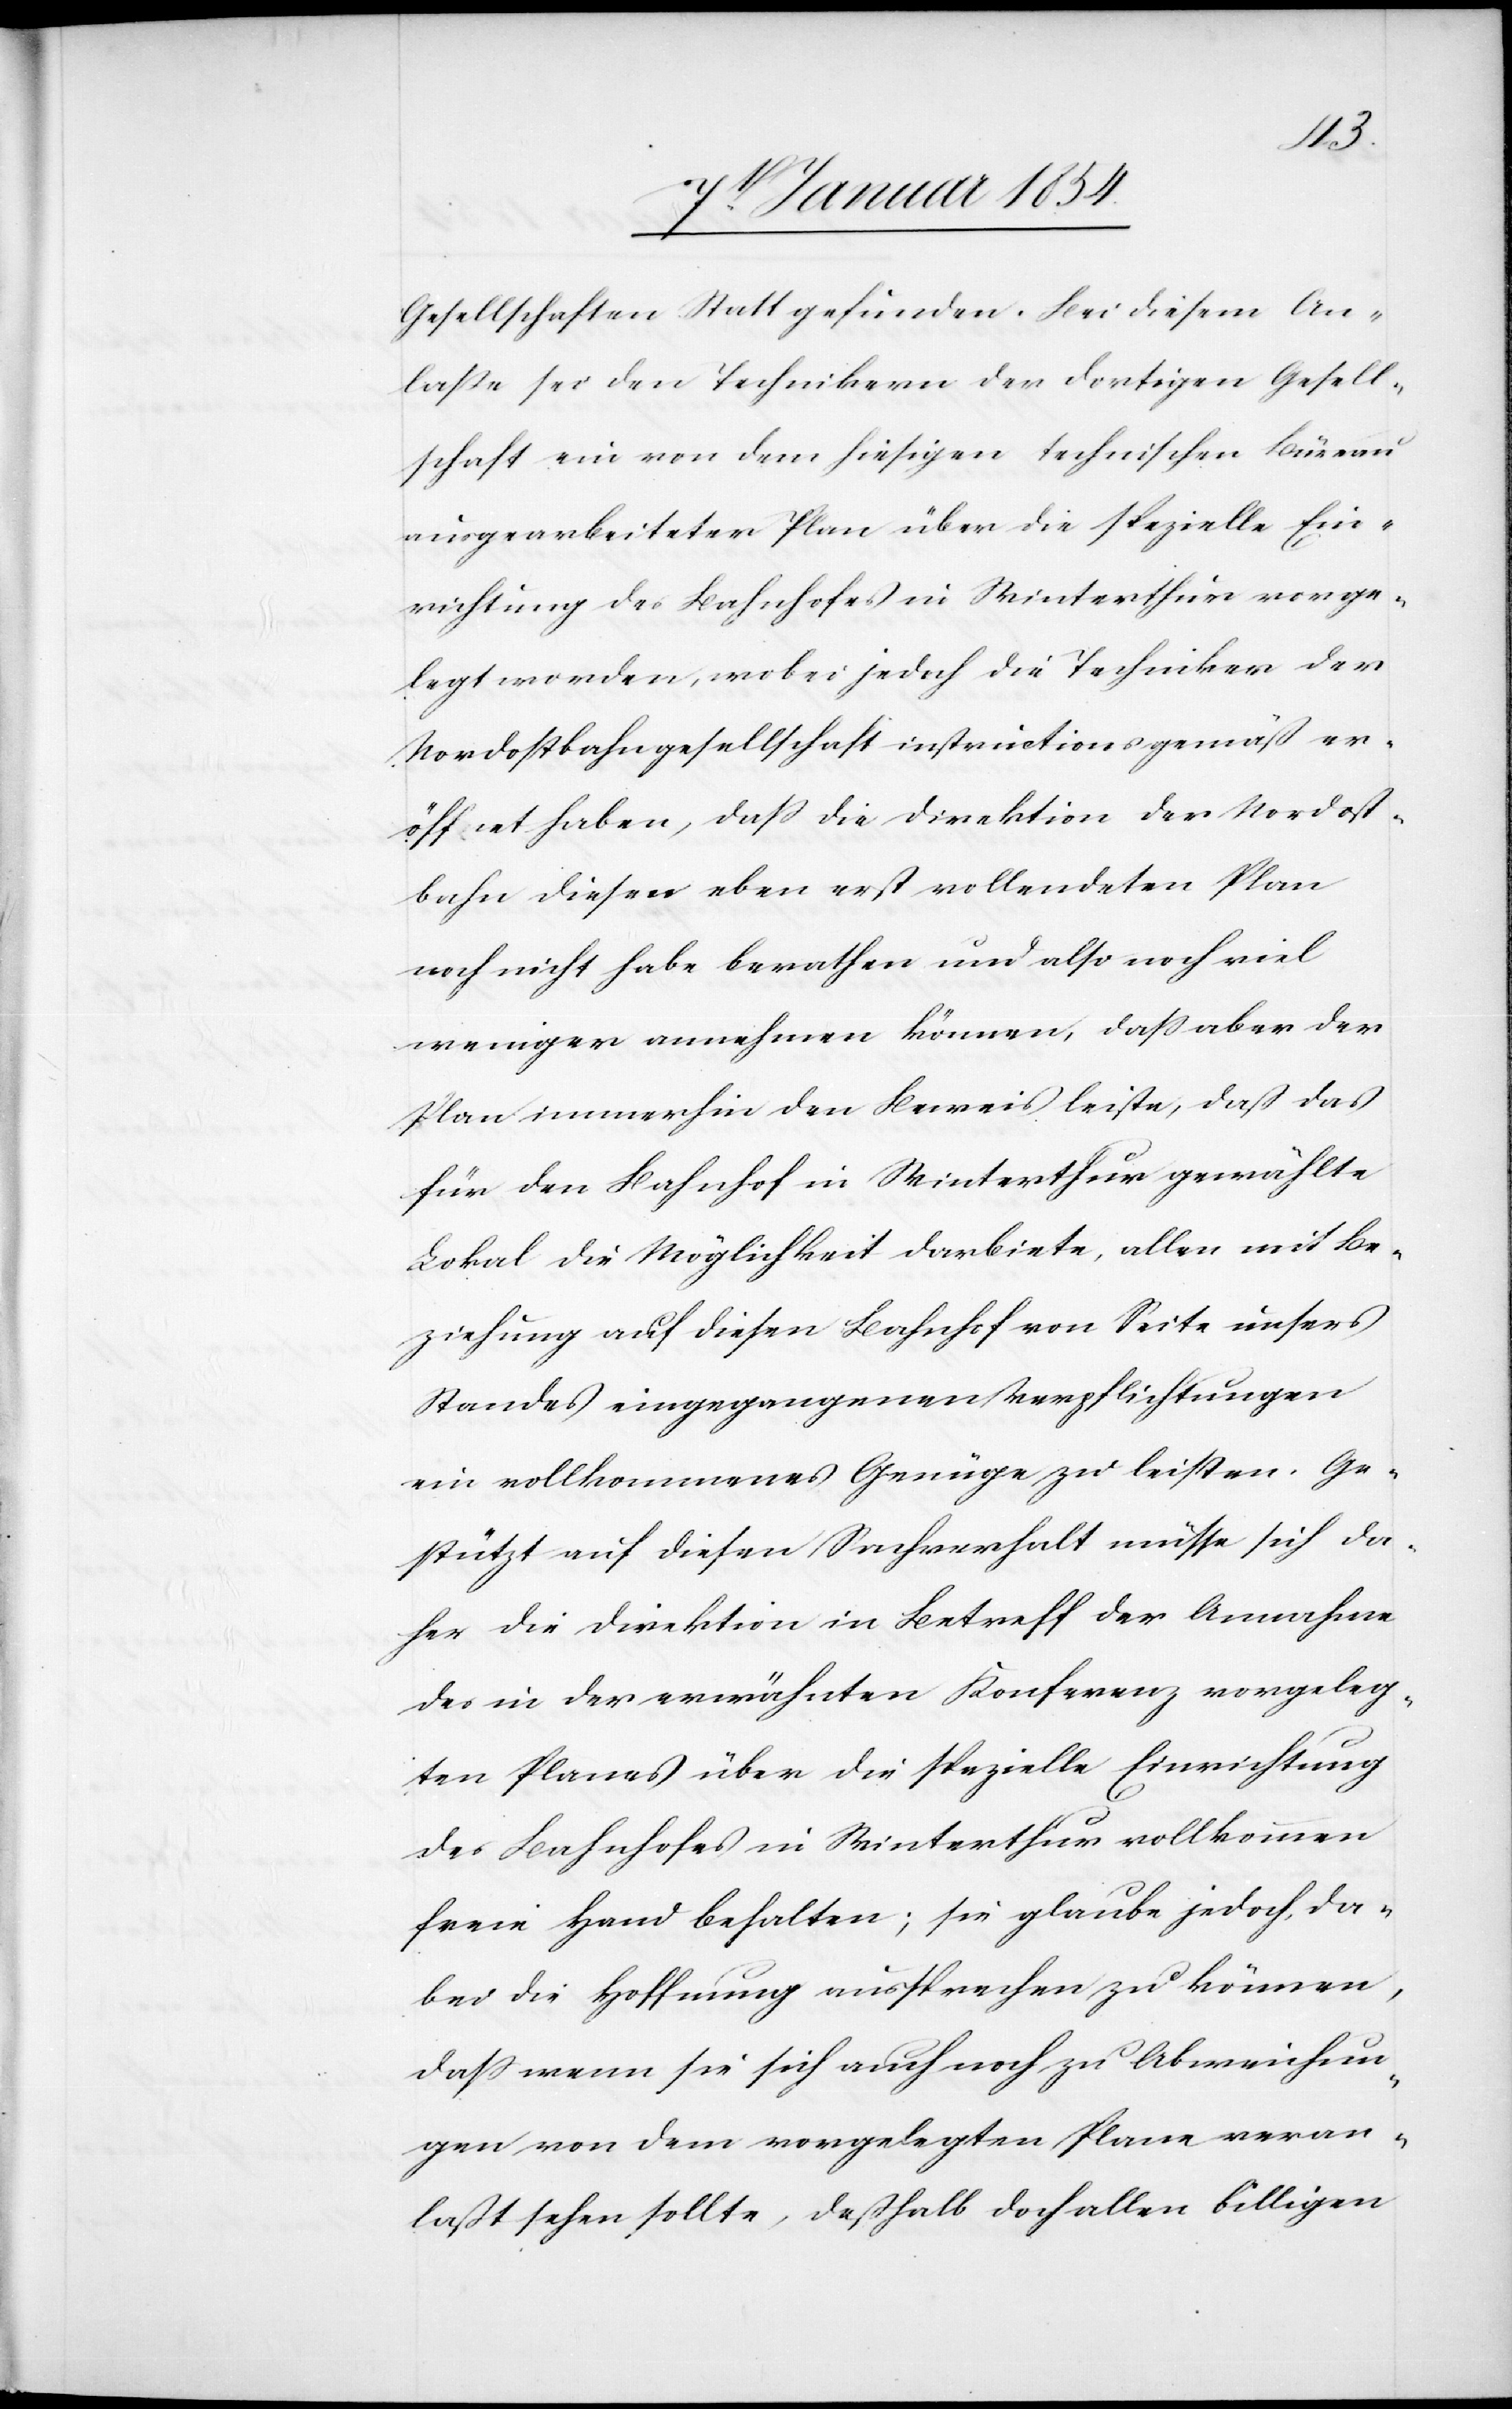
Gesellschaften Statt gefunden. Bei diesem An¬
laße sei den Technikern der dortigen Gesell¬
schaft ein von dem hiesigen technischen Büreau
ausgearbeiteter Plan über die spezielle Ein¬
richtung des Bahnhofes in Winterthur vorge¬
legt worden, wobei jedoch die Techniker der
Nordostbahngesellschaft instructionsgemäß er¬
öffnet haben, daß die Direktion der Nordost¬
bahn diesen eben erst vollendeten Plan
noch nicht habe berathen und also noch viel
weniger annehmen können, daß aber der
Plan immerhin den Beweis leiste, daß das
für den Bahnhof in Winterthur gewählte
Lokal die Möglichkeit darbiete, allen mit Be¬
ziehung auf diesen Bahnhof von Seite unters
Standes eingegangenen Verpflichtungen
ein vollkommenes Genüge zu leisten. Ge¬
stützt auf diesen Sachverhalt müsse sich da¬
her die Direktion in Betreff der Annahme
des in der erwähnten Konferenz vorgeleg¬
ten Planes über die spezielle Einrichtung
des Bahnhofes in Winterthur vollkommen
freie Hand behalten; sie glaube jedoch, da¬
bei die Hoffnung aussprechen zu können,
daß wenn sie sich auch noch zu Abweichun¬
gen von dem vorgelegten Plane veran¬
laßt sehen sollte, deßhalb doch allen billigen